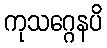
ကုသဂ္ဂေနပိ